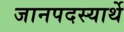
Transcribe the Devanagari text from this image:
जानपदस्यार्थे